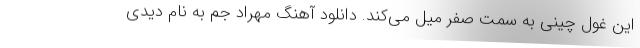
این غول چینی به سمت صفر میل می‌کند. دانلود آهنگ مهراد جم به نام دیدی